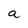
Character: a